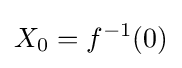
X_{0}=f^{-1}(0)